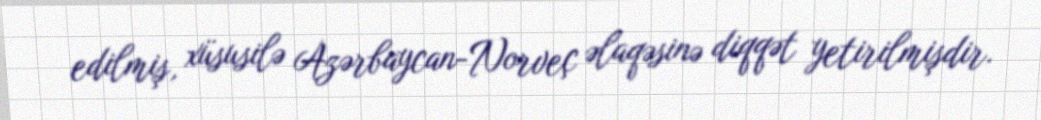
edilmiş, xüsusilə Azərbaycan-Norveç əlaqəsinə diqqət yetirilmişdir.